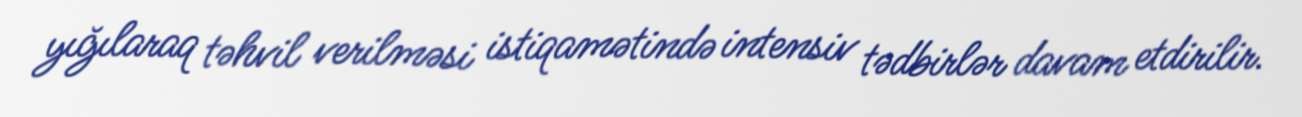
yığılaraq təhvil verilməsi istiqamətində intensiv tədbirlər davam etdirilir.